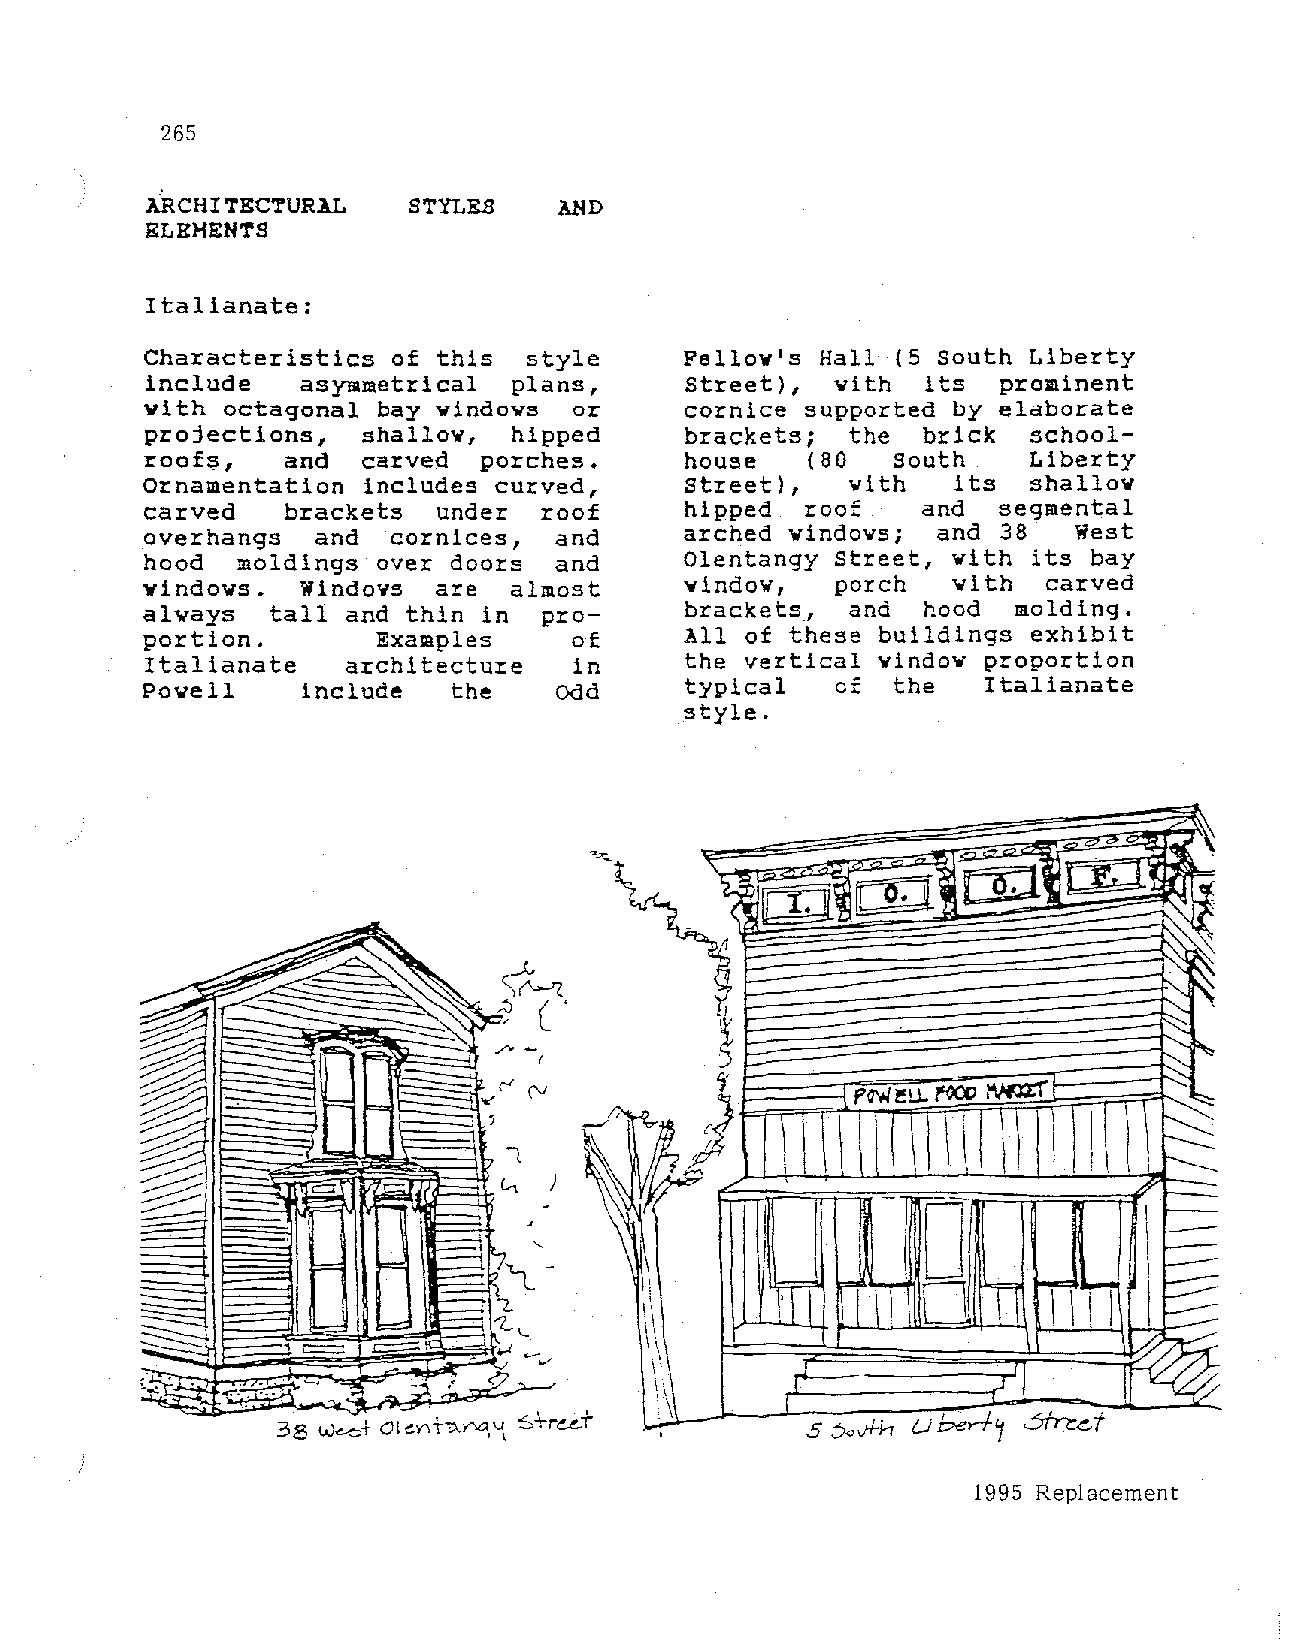
265
 ARCHITECTURAL    STYLES    AND
 ELEMENTS
 Italianate:
 Characteristics of this  style     Fellow's Hall (5 South Liberty
 include   asymmetrical  plans,     Street),  with  its  prominent
 with octagonal bay windows  or     cornice supported by elaborate
 projections,  shallow,  hipped     brackets;  the  brick  school
 roofs,   and  carved  porches.     house    (80  South    Liberty
 Ornamentation includes curved,     Street),   with   its  shallow
 carved   brackets  under  roof     hipped  roof    and  segmental
 overhangs  and  cornices,  and     arched windows;  and 38   West
 hood  moldings over doors  and     Olentangy Street, with its bay
 windows.  Windows  are  almost     vindov,   porch   with  carved
 always  tall and thin in  pro      brackets,  and  hood  molding.
 portion.       Examples     of     All of these buildings exhibit
 Italianate   architecture   in     the vertical window proportion
 Powell    include   the    Odd     typical   of  the   Italianate
 style.
 -.. ~. ·-·
 1995 Replacement